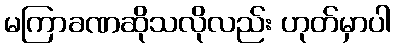
မကြာခဏဆိုသလိုလည်း ဟုတ်မှာပါ